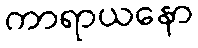
ကာရာယနော